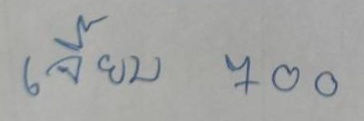
เจี๊ยบ   700